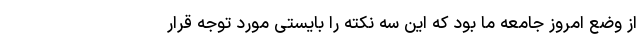
از وضع امروز جامعه ما بود که این سه نکته را بایستی مورد توجه قرار